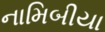
નામિબીયા